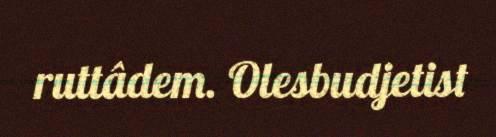
ruttâdem. Olesbudjetist